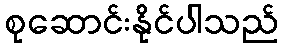
စုဆောင်းနိုင်ပါသည်